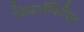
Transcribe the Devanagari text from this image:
विद्यार्थीकेंद्रित